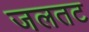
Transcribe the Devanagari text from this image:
जलतट